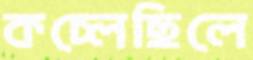
কচ্‌লেছিলে